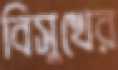
বিসুখের